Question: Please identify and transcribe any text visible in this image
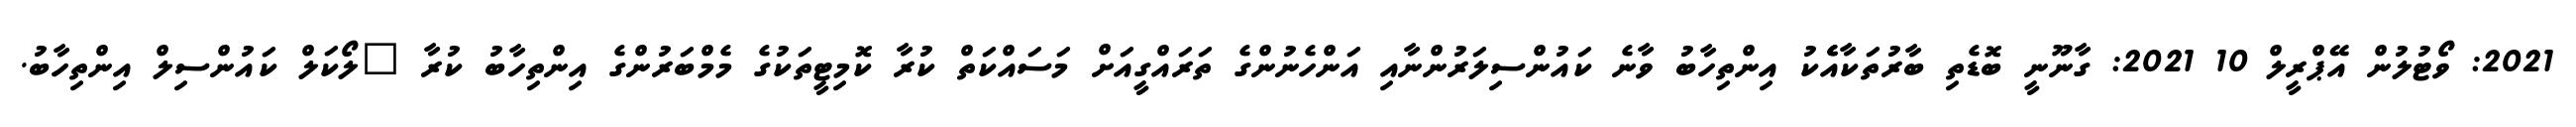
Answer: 2021: ވޯޓުލުން އޭޕްރީލް 10 2021: ގާނޫނީ ބޮޑެތި ބާރުތަކާއެެކު އިންތިހާބު ވާނެ ކައުންސިލަރުންނާއި އަންހެނުންގެ ތަރައްގީއަށް މަސައްކަތް ކުރާ ކޮމިޓީތަކުގެ މެމްބަރުންގެ އިންތިހާބު ކުރާ "ލޯކަލް ކައުންސިލް އިންތިހާބު.